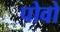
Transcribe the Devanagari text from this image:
पोवो